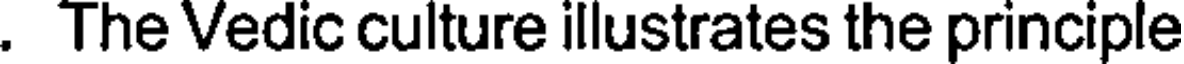
. The Vedic culture illustrates the principle